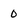
Character: 0